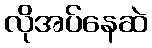
လိုအပ်နေဆဲ